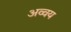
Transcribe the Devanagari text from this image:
अव्वय